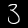
Digit: 3